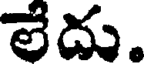
లేదు.